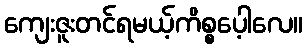
ကျေးဇူးတင်ရမယ့်ကိစ္စပေ့ါလေ။